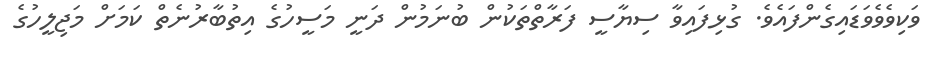
ވަކިވެވެވަޑައިގެންފައެވެ. ގުޅިފައިވާ ސިޔާސީ ފަރާތްތަކުން ބުނަމުން ދަނީ މަސީހުގެ އިތުބާރުނެތް ކަމަށް މަޖިލީހުގެ